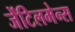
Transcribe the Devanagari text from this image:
जेंटिलमेन्स